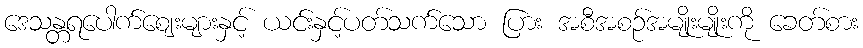
ဒေသန္တရပေါက်ဈေးများနှင့် ယင်းနှင့်ပတ်သက်သော ပြား အစီအစဉ်အမျိုးမျိုးကို ခေတ်စား